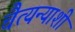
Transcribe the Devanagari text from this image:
चैत्यन्याशी